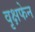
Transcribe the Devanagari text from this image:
वृक्षफेन